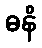
ဓနိ